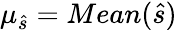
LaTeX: \mu_{\hat{s}}=Mean(\hat{s})